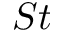
S t